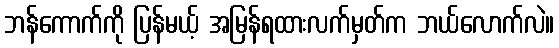
ဘန်ကောက်ကို ပြန်မယ့် အမြန်ရထားလက်မှတ်က ဘယ်လောက်လဲ။